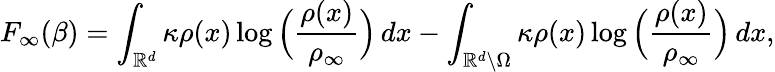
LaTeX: F_{\infty}(\beta)=\int_{\mathbb{R}^{d}}\kappa\rho(x)\log\Big(\frac{\rho(x)}{\rho_{\infty}}\Big)\, dx-\int_{\mathbb{R}^{d}\backslash\Omega}\kappa\rho(x)\log\Big(\frac{\rho(x)}{\rho_{\infty}}\Big)\, dx,